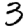
Digit: 3